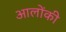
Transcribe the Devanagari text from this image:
आलोंकी